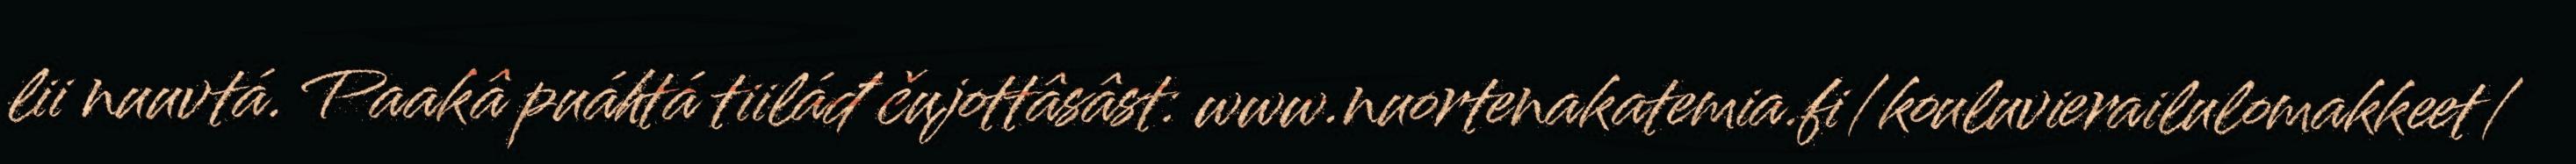
lii nuuvtá. Paakâ puáhtá tiiláđ čujottâsâst: www.nuortenakatemia.fi/kouluvierailulomakkeet/